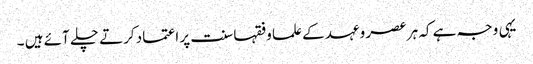
یہی وجہ ہے کہ ہر عصر وعہد کے علما وفقہا سنت پر اعتماد کرتے چلے آئے ہیں ۔